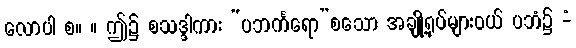
လောပါ စ။ ။ ဤ၌ စသဒ္ဒါကား “ပဘင်္ကရော”စသော အချို့ရုပ်များဝယ် ပဘံ၌ -ံ